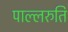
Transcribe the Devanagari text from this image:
पाल्लरुति